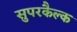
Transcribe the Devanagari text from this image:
सुपरकैल्क